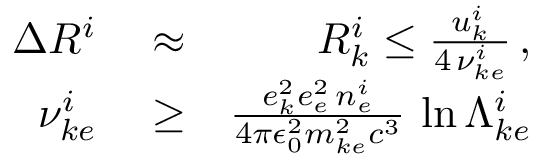
\begin{array} { r l r } { \Delta R ^ { i } } & { { } \approx } & { { \cal R } _ { k } ^ { i } \le \frac { u _ { k } ^ { i } } { 4 \, \nu _ { k e } ^ { i } } \, , } \\ { \nu _ { k e } ^ { i } } & { { } \ge } & { \frac { e _ { k } ^ { 2 } e _ { e } ^ { 2 } \, n _ { e } ^ { i } } { 4 \pi \epsilon _ { 0 } ^ { 2 } m _ { k e } ^ { 2 } c ^ { 3 } } \, \ln \Lambda _ { k e } ^ { i } } \end{array}